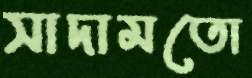
সাদামতো